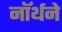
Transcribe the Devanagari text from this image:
नॉर्थने